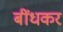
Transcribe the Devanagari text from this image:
बींधकर